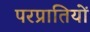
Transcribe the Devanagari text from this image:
परप्रातियों